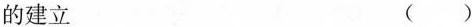
的建立 ( )